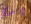
الذي